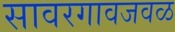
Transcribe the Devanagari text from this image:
सावरगावजवळ